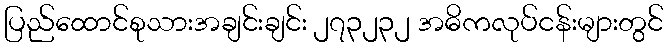
ပြည်ထောင်စုသားအချင်းချင်း ၂၇၃၂၃၂ အဓိကလုပ်ငန်းများတွင်